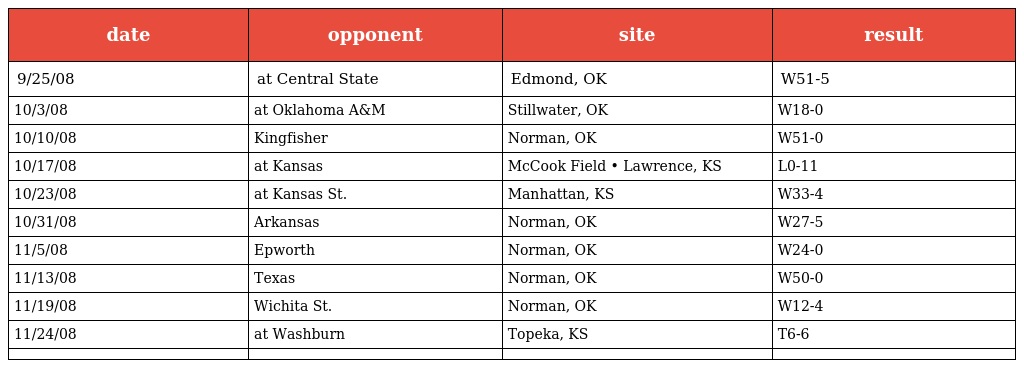
| date | opponent | site | result |
 | --- | --- | --- | --- |
 | 9/25/08 | at Central State | Edmond, OK | W51-5 |
 | 10/3/08 | at Oklahoma A&M | Stillwater, OK | W18-0 |
 | 10/10/08 | Kingfisher | Norman, OK | W51-0 |
 | 10/17/08 | at Kansas | McCook Field • Lawrence, KS | L0-11 |
 | 10/23/08 | at Kansas St. | Manhattan, KS | W33-4 |
 | 10/31/08 | Arkansas | Norman, OK | W27-5 |
 | 11/5/08 | Epworth | Norman, OK | W24-0 |
 | 11/13/08 | Texas | Norman, OK | W50-0 |
 | 11/19/08 | Wichita St. | Norman, OK | W12-4 |
 | 11/24/08 | at Washburn | Topeka, KS | T6-6 |
 |  |  |  |  |